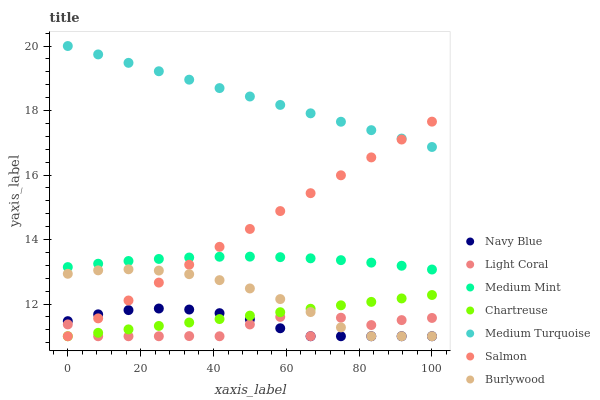
| xaxis_label | Navy Blue | Light Coral | Medium Mint | Chartreuse | Medium Turquoise | Salmon | Burlywood |
 | --- | --- | --- | --- | --- | --- | --- | --- |
 | 0 | 11.5 | 11.4 | 13.1 | 11 | 20 | 11 | 12.9 |
 | 8.33 | 11.7 | 11 | 13.2 | 11.1 | 19.7 | 11.6 | 13 |
 | 16.7 | 11.8 | 11 | 13.3 | 11.2 | 19.5 | 12.1 | 13.1 |
 | 25 | 11.9 | 11 | 13.4 | 11.3 | 19.2 | 12.7 | 13 |
 | 33.3 | 11.8 | 11 | 13.4 | 11.4 | 19 | 13.2 | 12.9 |
 | 41.7 | 11.7 | 11 | 13.5 | 11.5 | 18.7 | 13.8 | 12.7 |
 | 50 | 11.5 | 11.4 | 13.5 | 11.6 | 18.4 | 14.3 | 12.5 |
 | 58.3 | 11.2 | 11.6 | 13.5 | 11.7 | 18.2 | 14.9 | 12.2 |
 | 66.7 | 11 | 11 | 13.4 | 11.9 | 17.9 | 15.4 | 11.7 |
 | 75 | 11 | 11.6 | 13.4 | 12 | 17.7 | 16 | 11.3 |
 | 83.3 | 11 | 11.3 | 13.3 | 12.1 | 17.4 | 16.5 | 11 |
 | 91.7 | 11 | 11.5 | 13.2 | 12.2 | 17.1 | 17.1 | 11 |
 | 100 | 11 | 11.6 | 13.1 | 12.3 | 16.9 | 17.7 | 11 |